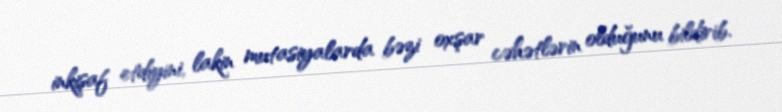
inkişaf etdiyini, lakin mutasiyalarda bəzi oxşar cəhətlərin olduğunu bildirib.